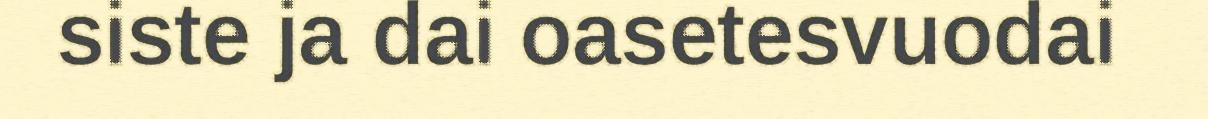
siste ja dai oasetesvuodai